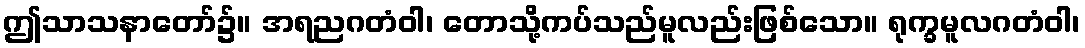
ဤသာသနာတော်၌။ အရညဂတံဝါ၊ တောသို့ကပ်သည်မူလည်းဖြစ်သော။ ရုက္ခမူလဂတံဝါ၊